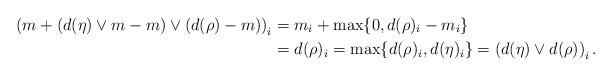
LaTeX: \begin{align*}\left(m+\left(d(\eta)\vee m-m\right)\vee \left(d(\rho)-m\right)\right)_i&=m_i+\max\{0,d(\rho)_i-m_i\}\\&=d(\rho)_i=\max\{d(\rho)_i,d(\eta)_i\}=\left(d(\eta)\vee d(\rho)\right)_i.\end{align*}